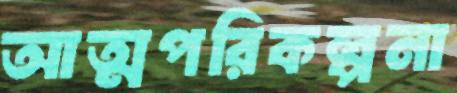
আত্মপরিকল্পনা